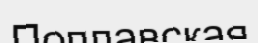
Поплавская